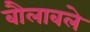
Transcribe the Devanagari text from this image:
बौलाबले